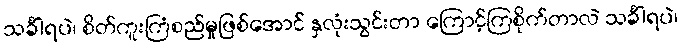
သင်္ခါရပဲ၊ စိတ်ကူးကြံစည်မှုဖြစ်အောင် နှလုံးသွင်းတာ ကြောင့်ကြစိုက်တာလဲ သင်္ခါရပဲ၊